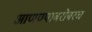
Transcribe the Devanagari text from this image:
आणण्याबरोबरच